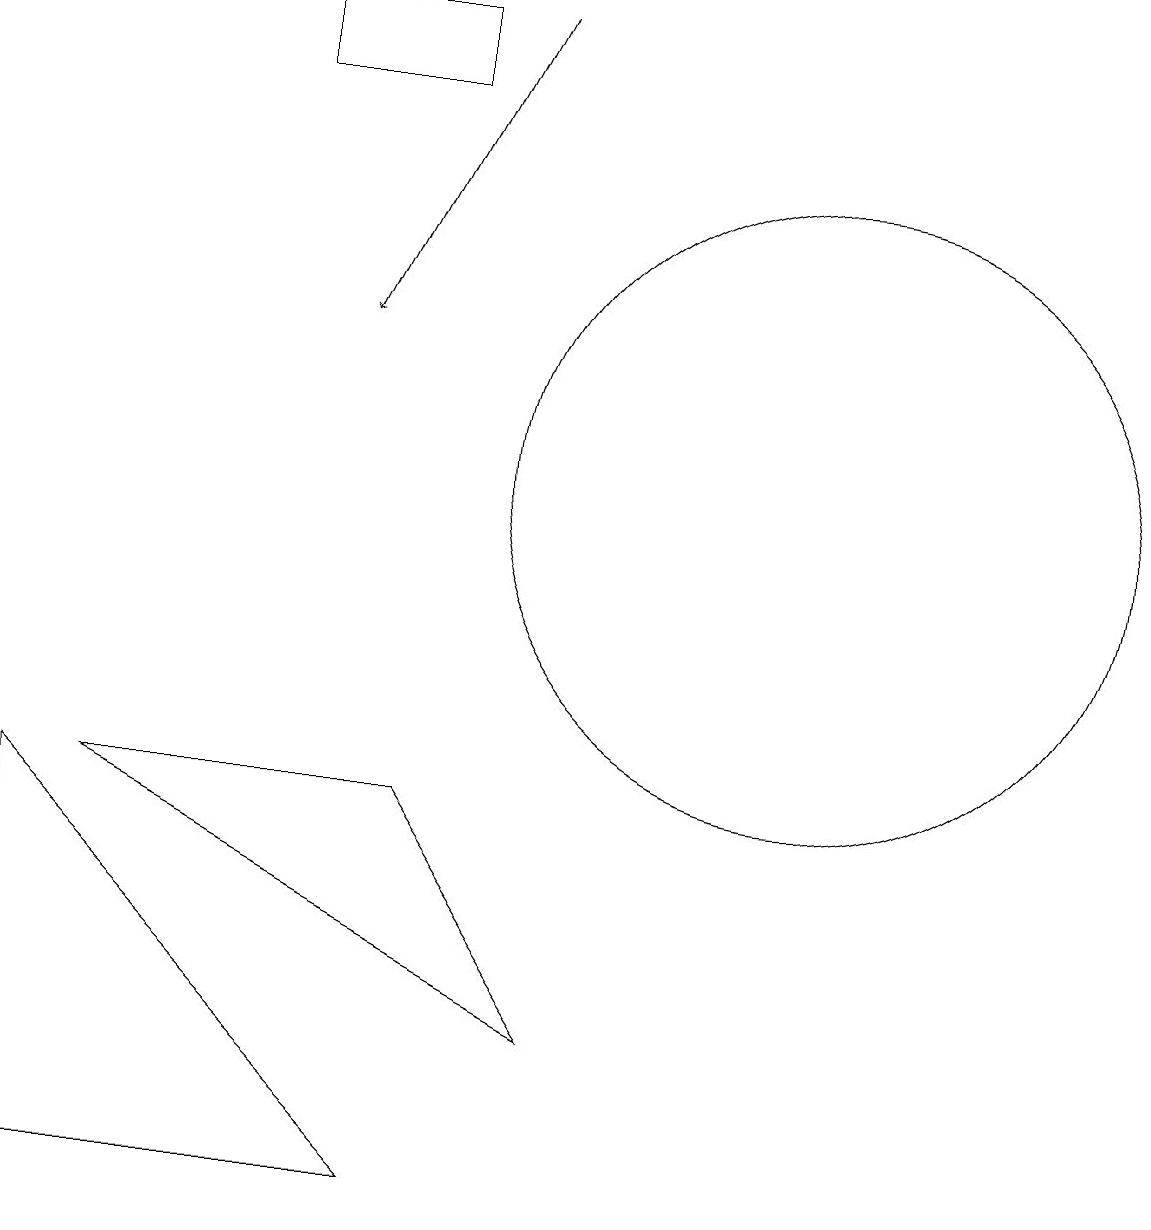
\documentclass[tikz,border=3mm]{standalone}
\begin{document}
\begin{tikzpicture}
\draw (12,10) circle (4);
\draw (7,6) -- (3,6) -- (9,3) -- cycle;
\draw[->] (8,16) -- (6,12);
\draw (2,6) -- (7,1) -- (2,1) -- cycle;
\draw (7,16) rectangle (5,15);
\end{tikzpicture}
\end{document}